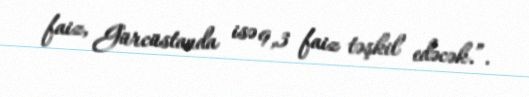
faiz, Gürcüstanda isə 9,3 faiz təşkil edəcək.”.